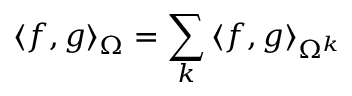
\langle f , g \rangle _ { \Omega } = \sum _ { k } { \langle f , g \rangle _ { \Omega ^ { k } } }